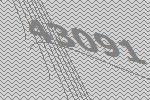
43091